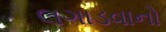
લગાડવાનો